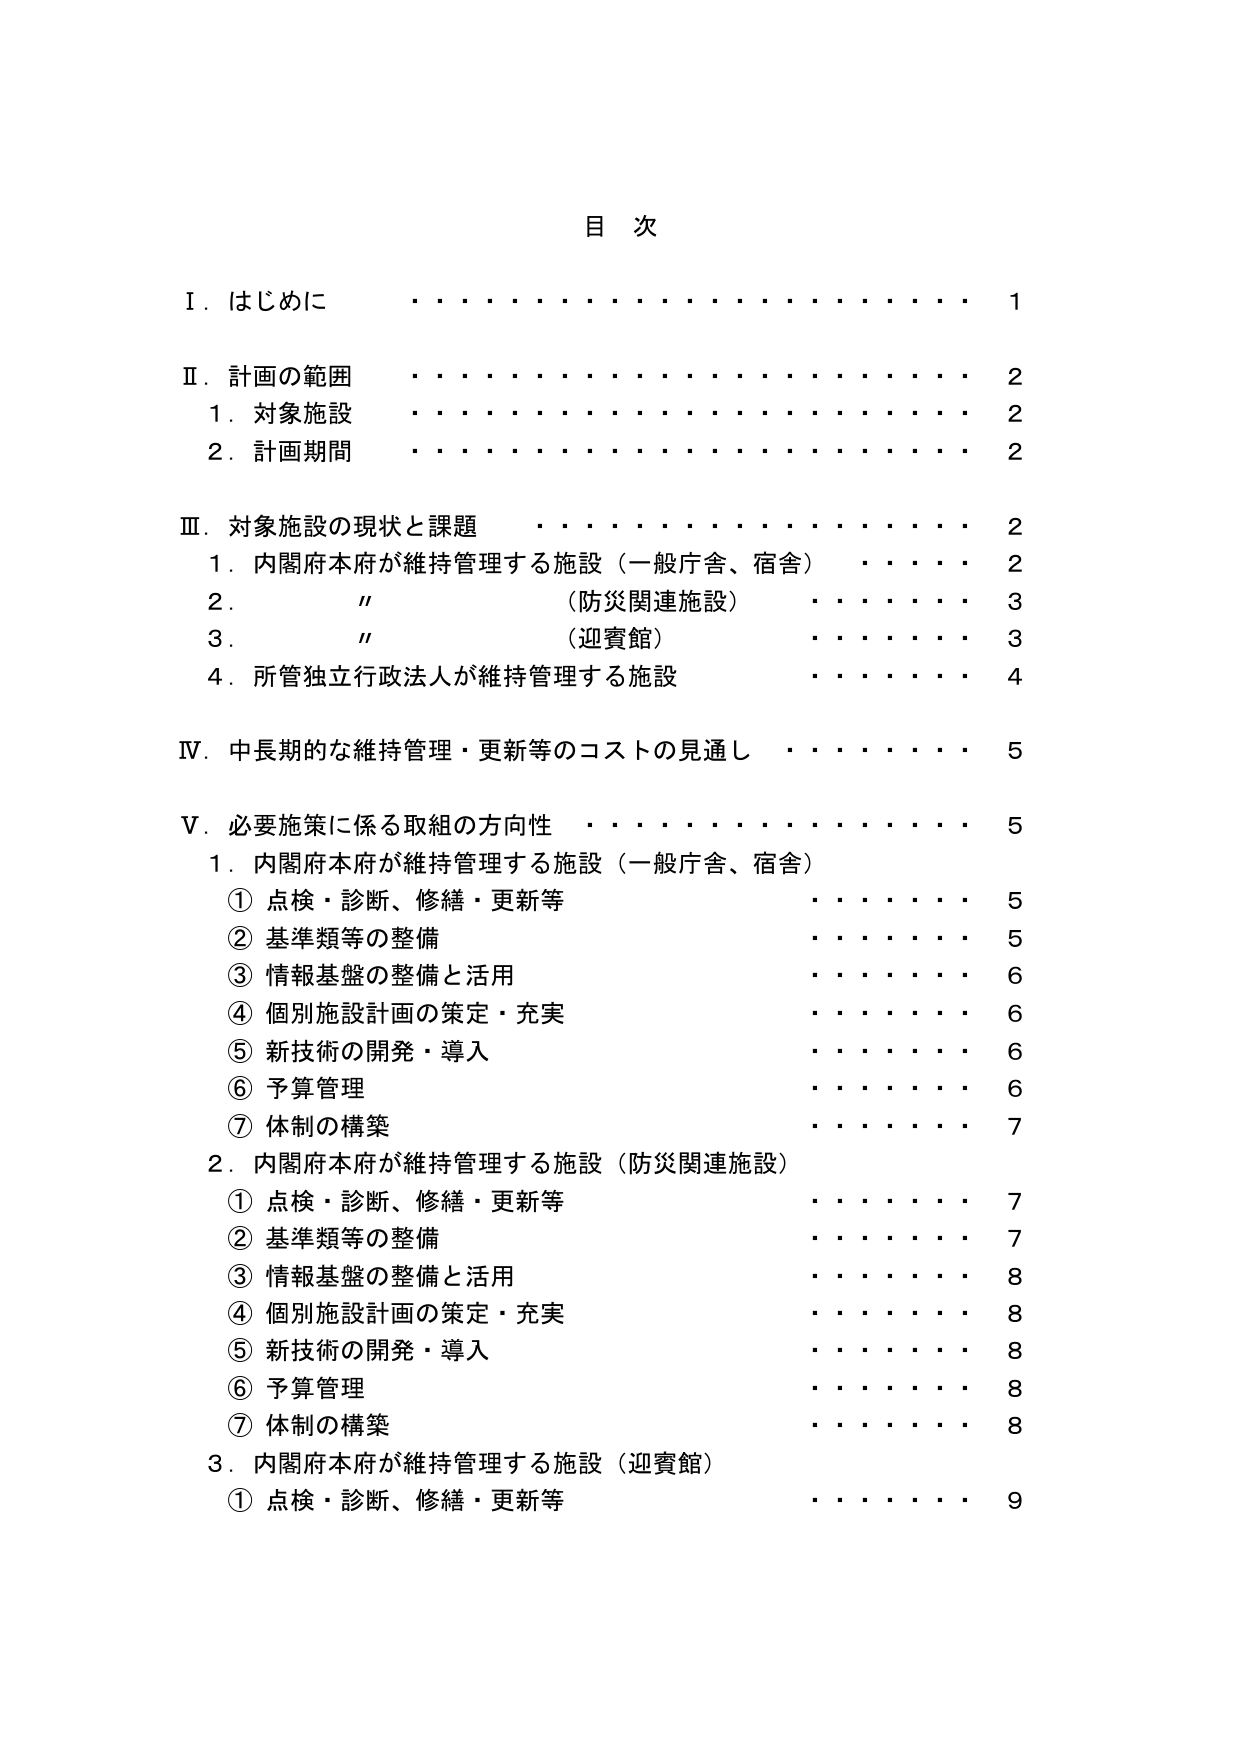
目 次

Ⅰ．はじめに ・・・・・・・・・・・・・・・・・・・・・・ 1

Ⅱ．計画の範囲 ・・・・・・・・・・・・・・・・・・・・・・ 2
　1．対象施設 ・・・・・・・・・・・・・・・・・・・・・・ 2
　2．計画期間 ・・・・・・・・・・・・・・・・・・・・・・ 2

Ⅲ．対象施設の現状と課題 ・・・・・・・・・・・・・・・・ 2
　1．内閣府本府が維持管理する施設（一般庁舎、宿舎） ・・・・・・ 2
　2．　〃　（防災関連施設） ・・・・・・・・・・・・・・ 3
　3．　〃　（迎賓館） ・・・・・・・・・・・・・・・・・・ 3
　4．所管独立行政法人が維持管理する施設 ・・・・・・・・・・ 4

Ⅳ．中長期的な維持管理・更新等のコストの見通し ・・・・・・ 5

Ⅴ．必要施策に係る取組の方向性 ・・・・・・・・・・・・・・ 5
　1．内閣府本府が維持管理する施設（一般庁舎、宿舎）
　　① 点検・診断、修繕・更新等 ・・・・・・・・・・・・ 5
　　② 基準類等の整備 ・・・・・・・・・・・・・・・・・・ 5
　　③ 情報基盤の整備と活用 ・・・・・・・・・・・・・・ 6
　　④ 個別施設計画の策定・充実 ・・・・・・・・・・・・ 6
　　⑤ 新技術の開発・導入 ・・・・・・・・・・・・・・・・ 6
　　⑥ 予算管理 ・・・・・・・・・・・・・・・・・・・・・ 6
　　⑦ 体制の構築 ・・・・・・・・・・・・・・・・・・・・・ 7
　2．内閣府本府が維持管理する施設（防災関連施設）
　　① 点検・診断、修繕・更新等 ・・・・・・・・・・・・ 7
　　② 基準類等の整備 ・・・・・・・・・・・・・・・・・・ 7
　　③ 情報基盤の整備と活用 ・・・・・・・・・・・・・・ 8
　　④ 個別施設計画の策定・充実 ・・・・・・・・・・・・ 8
　　⑤ 新技術の開発・導入 ・・・・・・・・・・・・・・・・ 8
　　⑥ 予算管理 ・・・・・・・・・・・・・・・・・・・・・ 8
　　⑦ 体制の構築 ・・・・・・・・・・・・・・・・・・・・・ 8
　3．内閣府本府が維持管理する施設（迎賓館）
　　① 点検・診断、修繕・更新等 ・・・・・・・・・・・・ 9